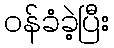
ဝန်ခံခဲ့ပြီး